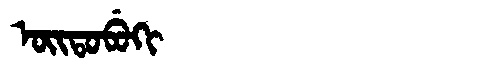
Manchu: ᠣᡳᡨᠣᠪᡠᡴᡳ
Romanization: OITOBUKI